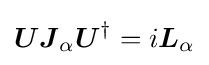
{\boldsymbol {U}}{\boldsymbol {J}}_{\alpha }{\boldsymbol {U}}^{\dagger }=i{\boldsymbol {L}}_{\alpha }